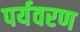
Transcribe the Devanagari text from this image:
पर्यवरण